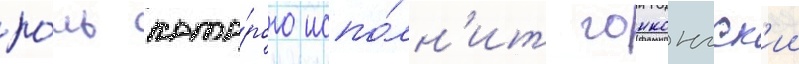
ро́ль кото́рого испо́лн'ит гонконгск'ии